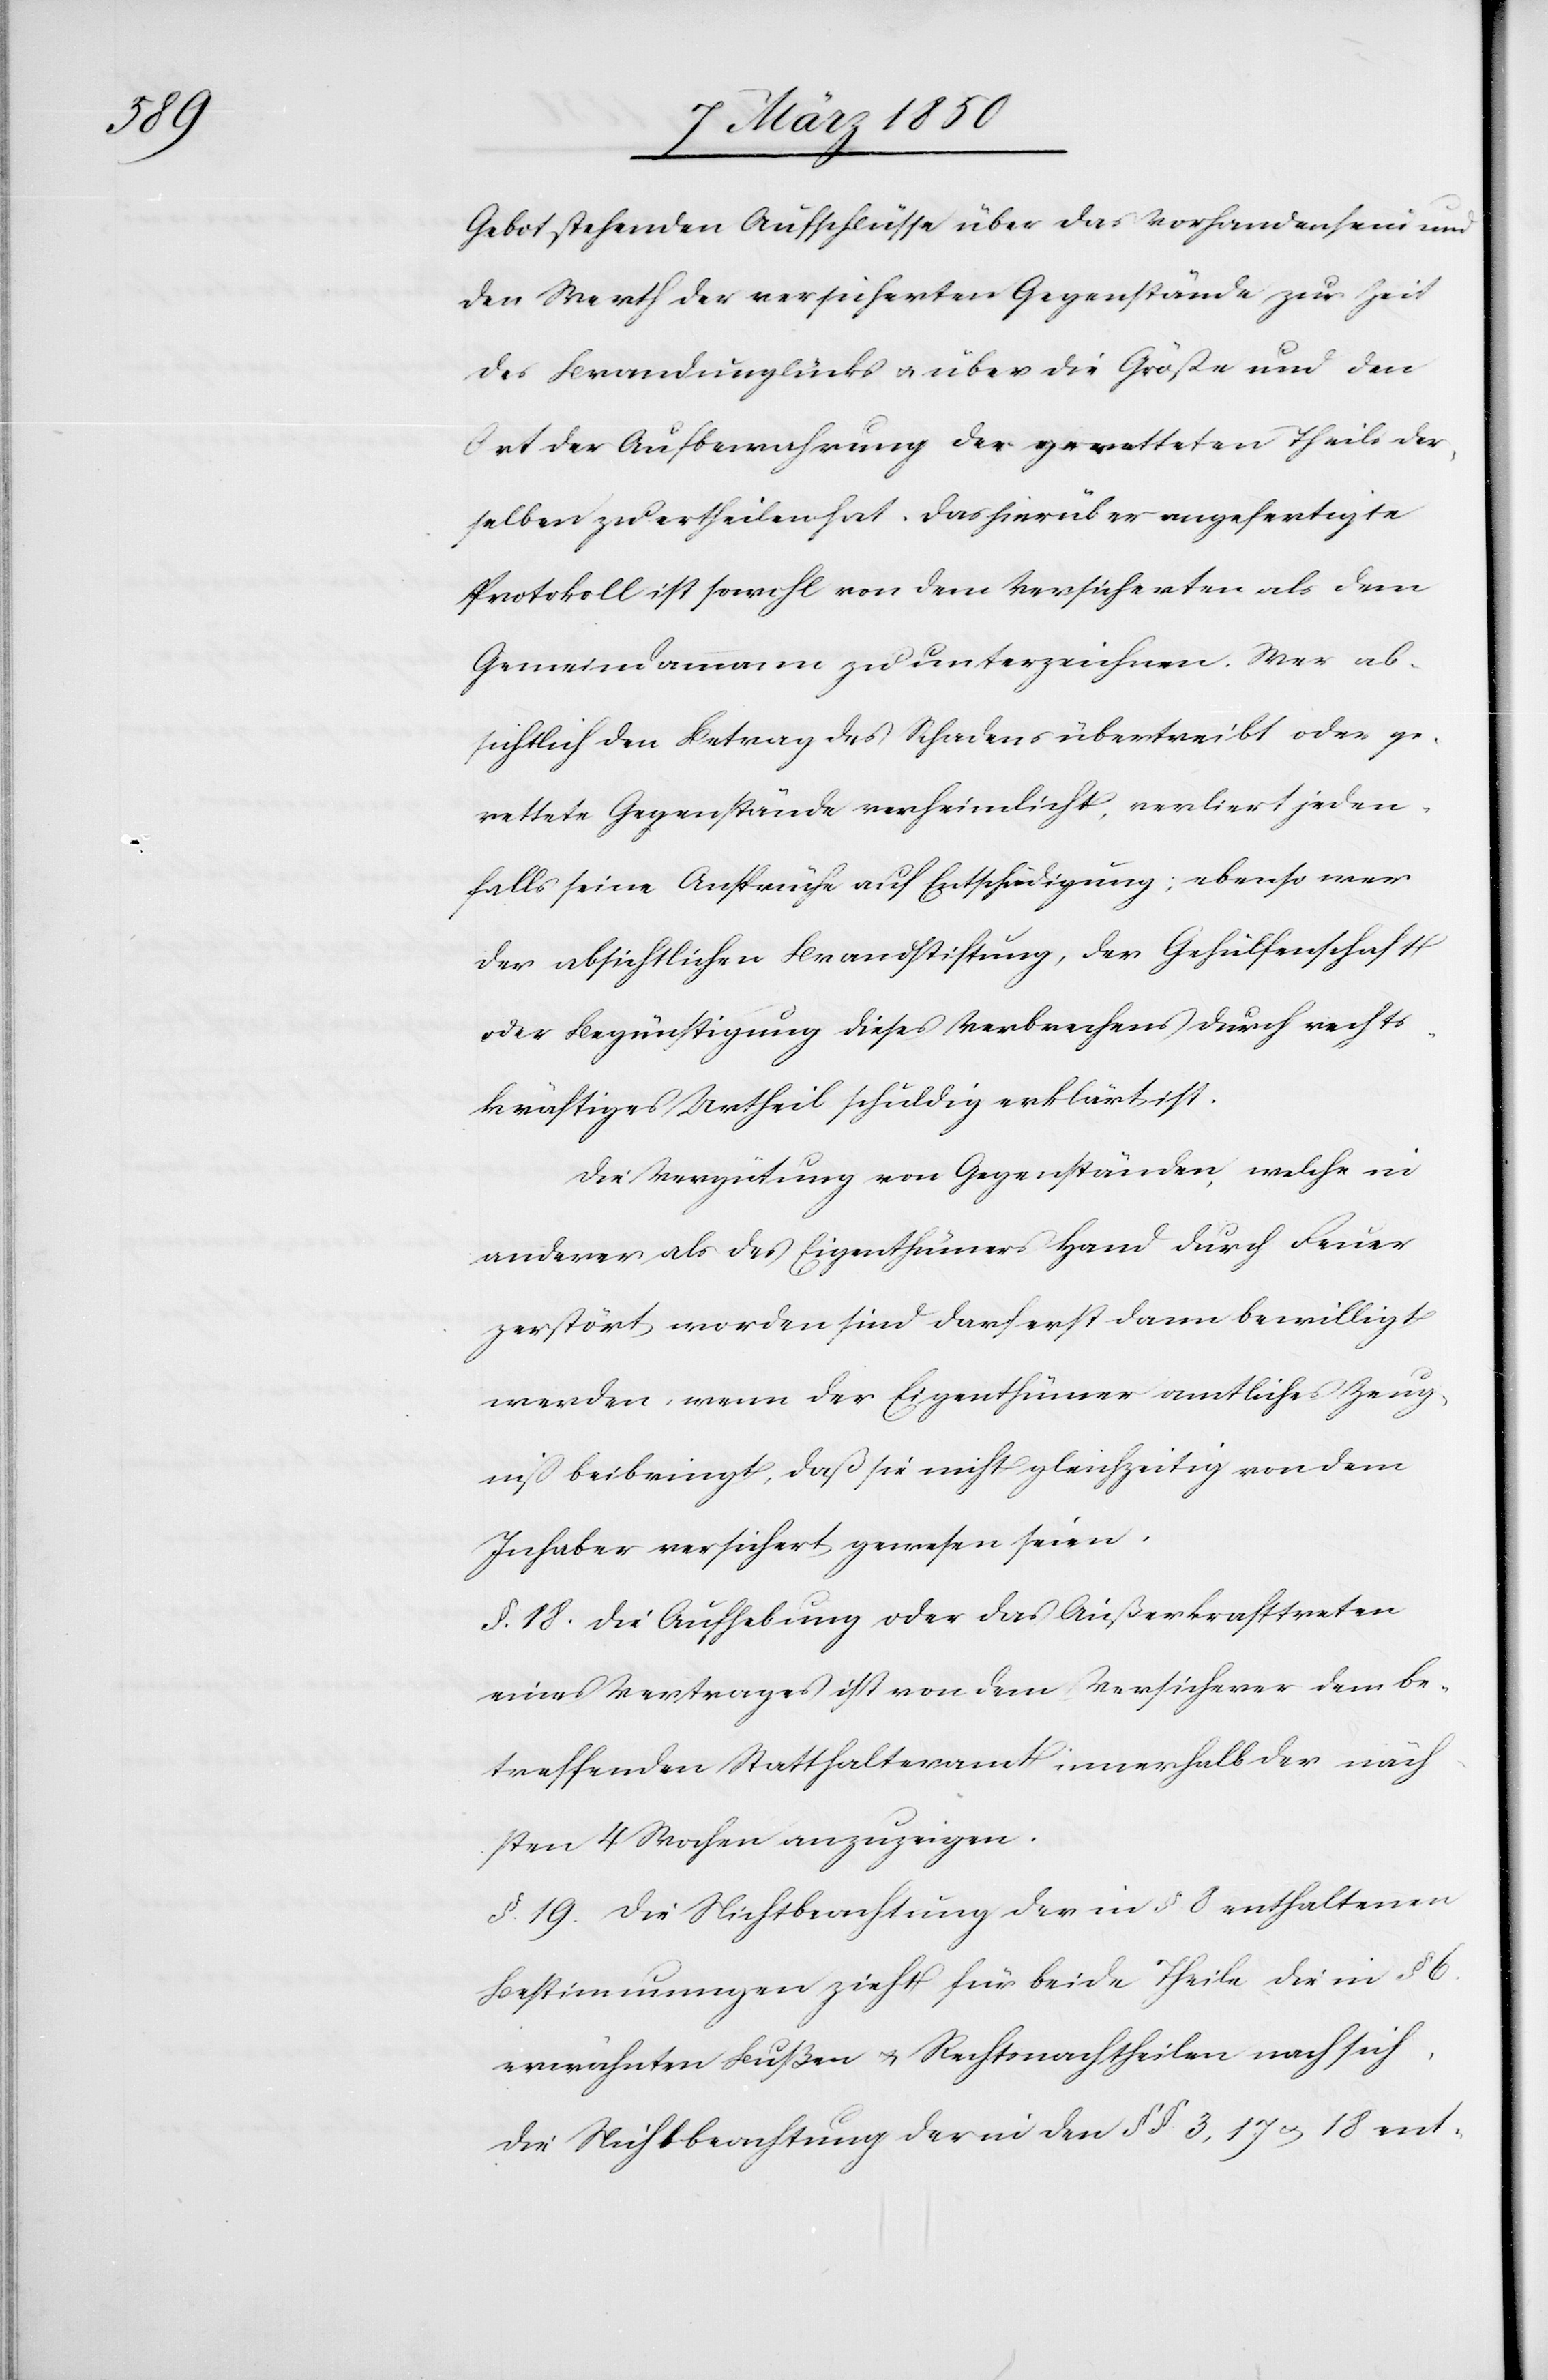
Gebot stehenden Aufschlüsse über das Vorhandensein und
den Werth der versicherten Gegenstände zur Zeit
des Brandunglücks u. über die Größe und den
Ort der Aufbewahrung des geretteten Theils der¬
selben zu ertheilen hat. Das hierüber angefertigte
Protokoll ist sowohl von dem Versicherten als dem
Gemeindammannn zu unterzeichnen. Wer ab¬
sichtlich den Betrag des Schadens übertreibt oder ge¬
rettete Gegenstände verheimlicht, verliert jeden¬
falls seine Ansprüche auf Entschädigung; ebenso wer
der absichtlichen Brandstiftung, der Gehülfenschaft
oder Begünstigung dieses Verbrechens durch rechts¬
kräftiges Urtheil schuldig erklärt ist.
Die Vergütung von Gegenständen, welche in
anderer als des Eigenthümers Hand durch Feuer
zerstört worden sind darf erst dann bewilligt
werden, wenn der Eigenthümer amtliches Zeug¬
niß beibringt, daß sie nicht gleichzeitig von dem
Inhaber versichert gewesen seien.
§. 18. Die Aufhebung oder das Außerkrafttreten
eines Vertrages ist von dem Versicherer dem be¬
treffenden Statthalteramt innerhalb der näch¬
sten 4 Wochen anzuzeigen.
§. 19. Die Nichtbeachtung der in §. 8 enthaltenen
Bestimmungen zieht für beide Theile die in § 6.
erwähnten Bußen u. Rechtsnachtheilen nach sich.
Die Nichtbeachtung der in den §§. 3, 17 u. 18 ent-